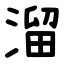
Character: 溜